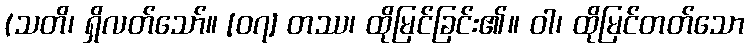
(သတိ၊ ရှိလတ်သော်။ [၀၇] တဿ၊ ထိုမြင်ခြင်း၏။ ဝါ၊ ထိုမြင်တတ်သော